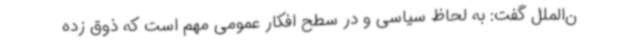
ن‌الملل گفت: به لحاظ سیاسی و در سطح افکار عمومی مهم است که ذوق زده